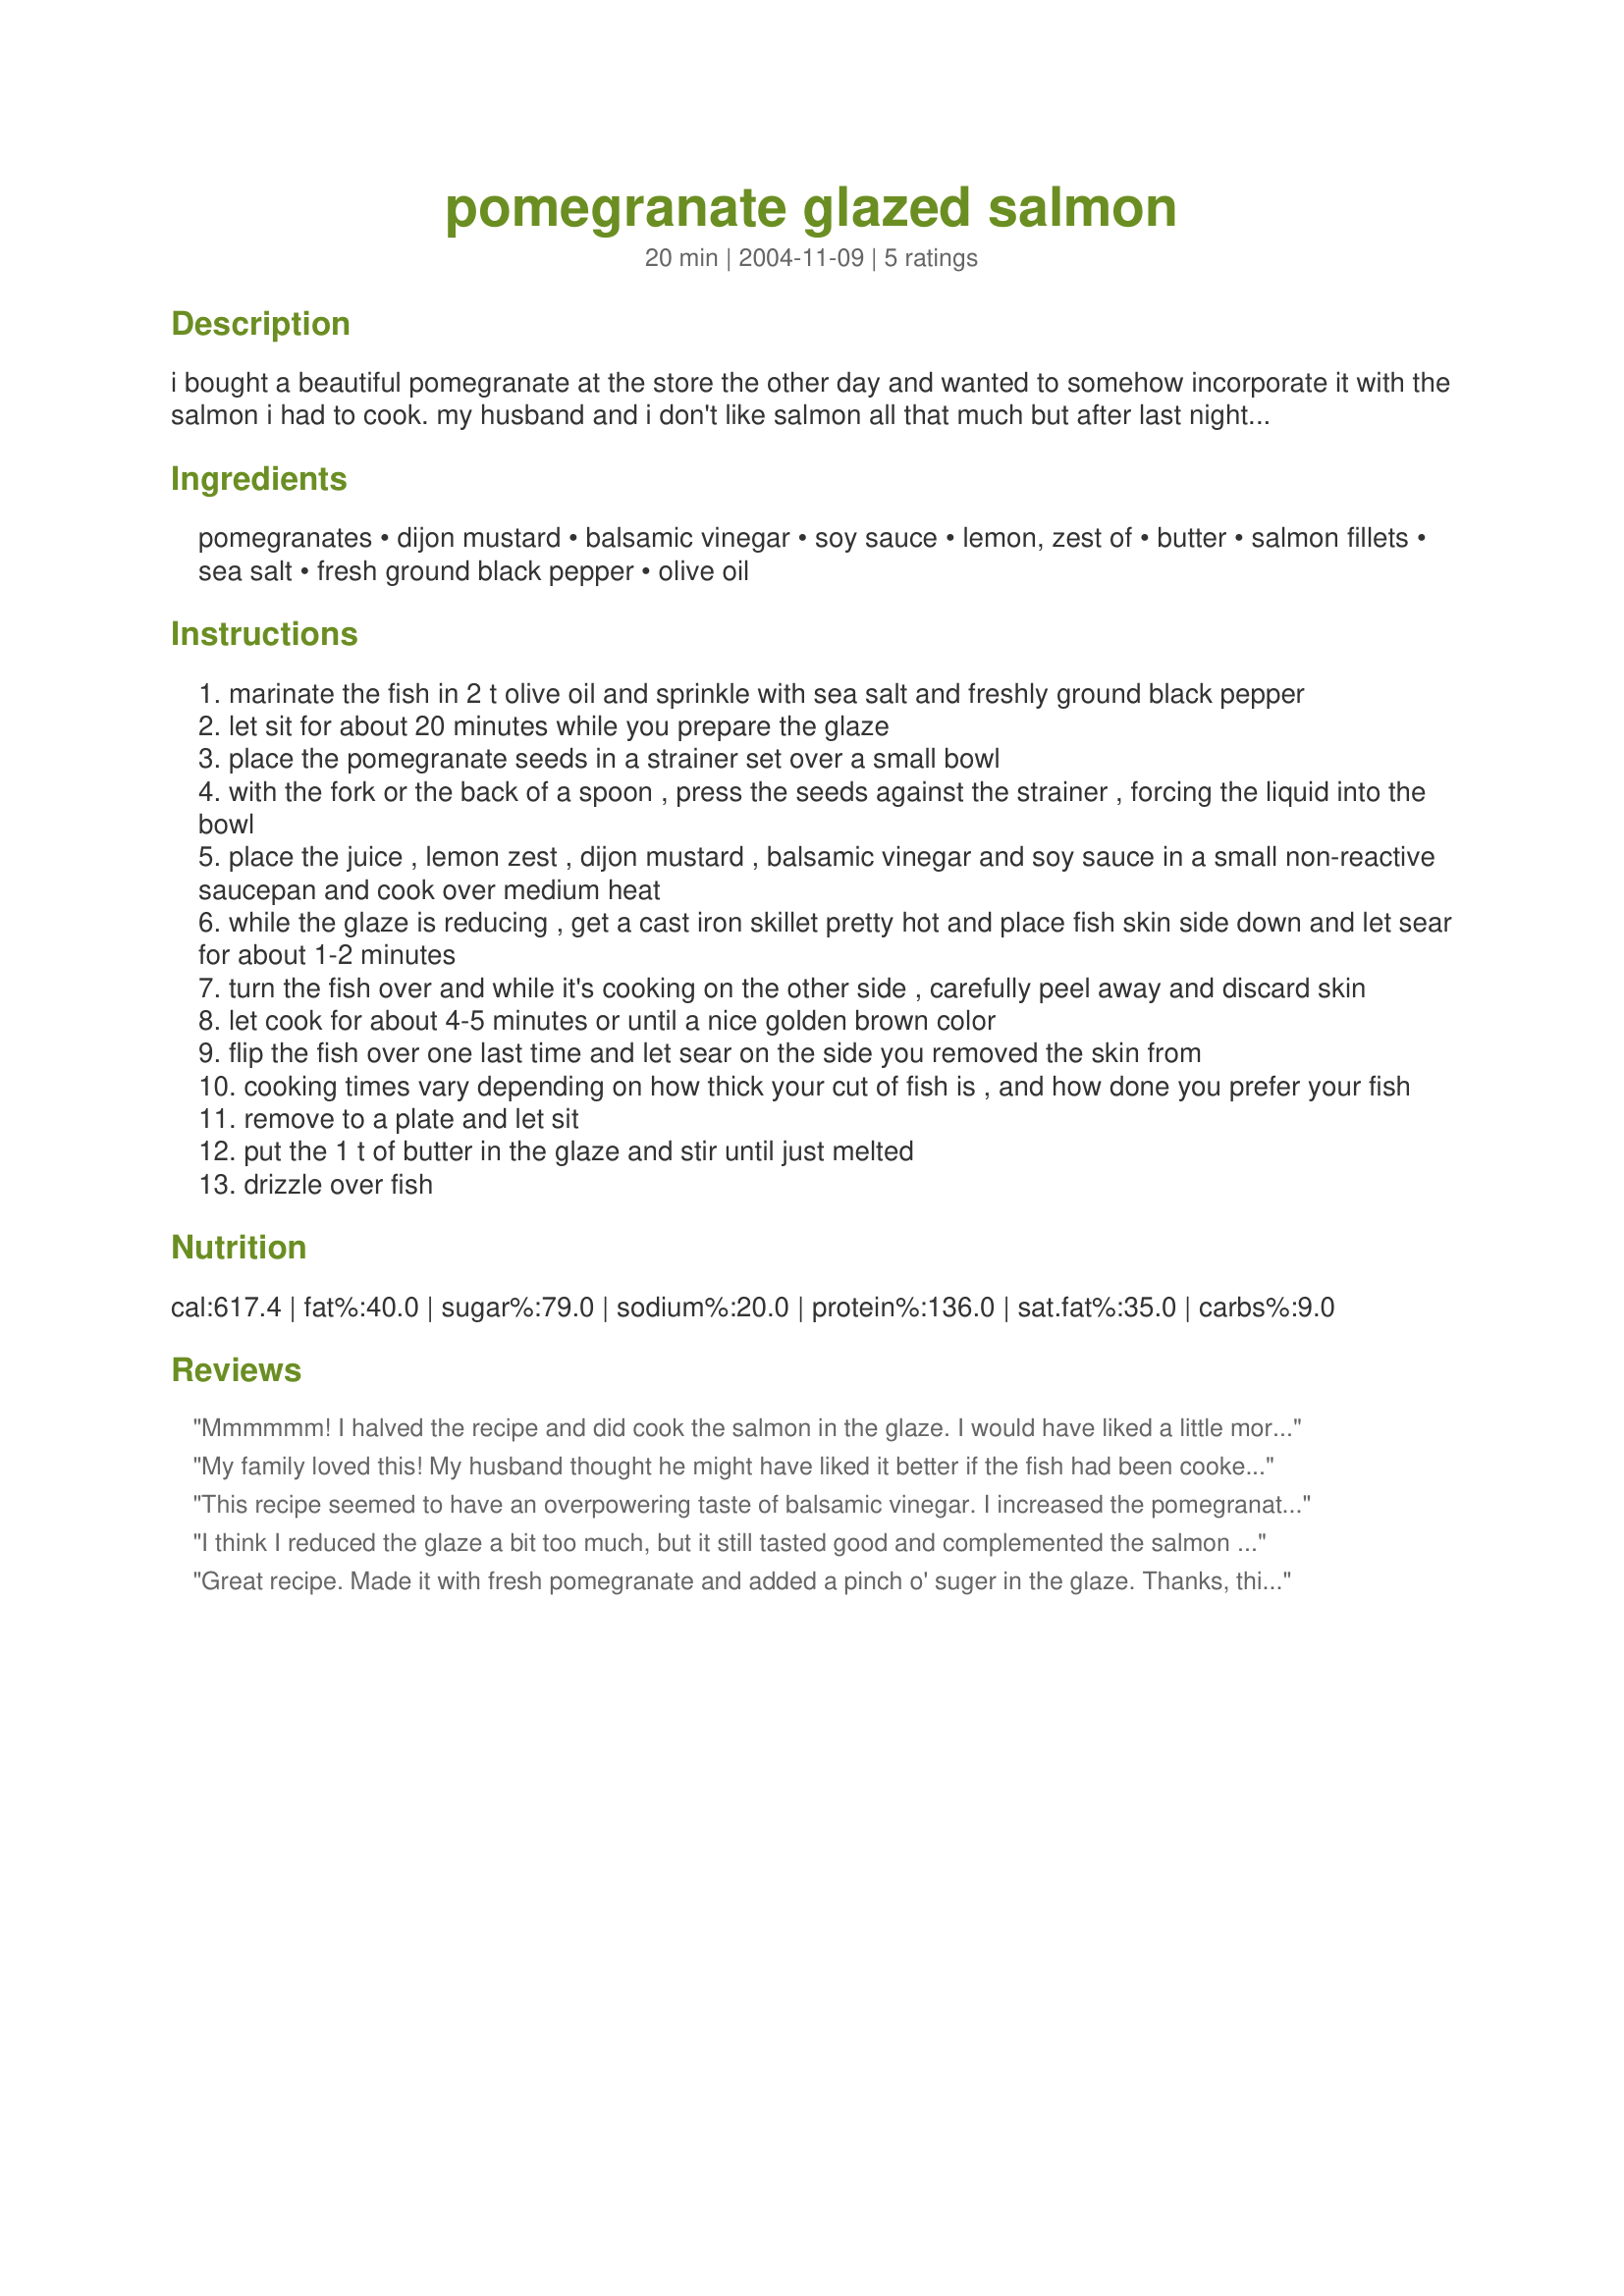
pomegranate glazed salmon
Preparation time: 20 minutes

i bought a beautiful pomegranate at the store the other day and wanted to somehow incorporate it with the salmon i had to cook. my husband and i don't like salmon all that much but after last night i think we'll be eating it much more often! i think this glaze could work for many fish, even pork tenderloin and chicken breasts. i also think you could easily substitute cranberry juice for the pomegranate.

Ingredients:
pomegranates, dijon mustard, balsamic vinegar, soy sauce, lemon, zest of, butter, salmon fillets, sea salt, fresh ground black pepper, olive oil

Steps:
marinate the fish in 2 t olive oil and sprinkle with sea salt and freshly ground black pepper
let sit for about 20 minutes while you prepare the glaze
place the pomegranate seeds in a strainer set over a small bowl
with the fork or the back of a spoon , press the seeds against the strainer , forcing the liquid into the bowl
place the juice , lemon zest , dijon mustard , balsamic vinegar and soy sauce in a small non-reactive saucepan and cook over medium heat
while the glaze is reducing , get a cast iron skillet pretty hot and place fish skin side down and let sear for about 1-2 minutes
turn the fish over and while it's cooking on the other side , carefully peel away and discard skin
let cook for about 4-5 minutes or until a nice golden brown color
flip the fish over one last time and let sear on the side you removed the skin from
cooking times vary depending on how thick your cut of fish is , and how done you prefer your fish
remove to a plate and let sit
put the 1 t of butter in the glaze and stir until just melted
drizzle over fish

Reviews:
Mmmmmm! I halved the recipe and did cook the salmon in the glaze. I would have liked a little more sauce but next time will make more. Thanks!
My family loved this! My husband thought he might have liked it better if the fish had been cooked in the glaze instead of just pouring it over the cooked fish. Next time I might try adding the glaze to the fish pan near the end of cooking. There will definitely be a next time!
This recipe seemed to have an overpowering taste of balsamic vinegar. I increased the pomegranate juice to double, which affected the flavor only somewhat. The pomegranate flavor was very mild in this recipe which was kind of disappointing. Sorry about the bad review, but I don't think I'll be making this recipe again.
I think I reduced the glaze a bit too much, but it still tasted good and complemented the salmon well.
Great recipe. Made it with fresh pomegranate and added a pinch o' suger in the glaze. Thanks, this was fast and tasty. Will definitely try this one again.
